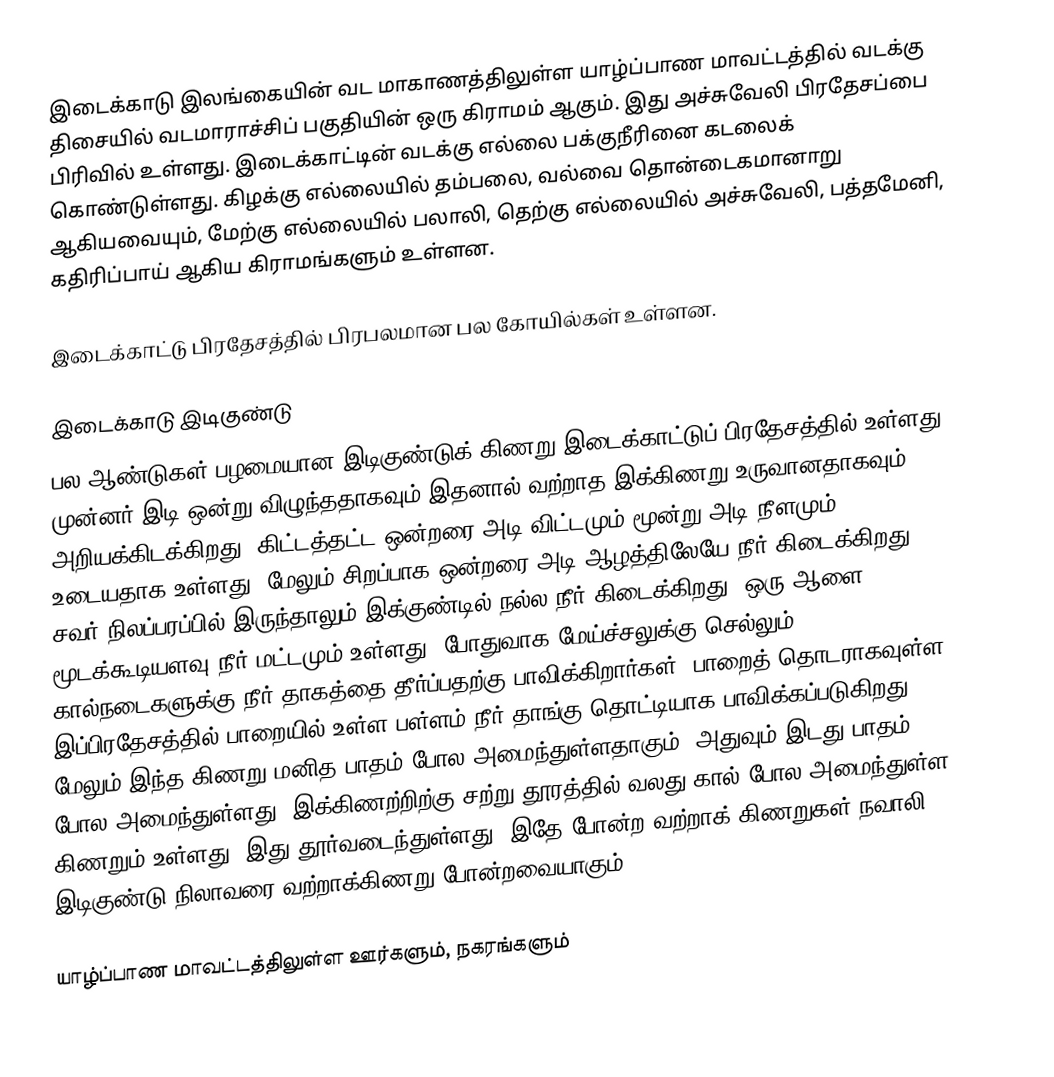
இடைக்காடு இலங்கையின் வட மாகாணத்திலுள்ள யாழ்ப்பாண மாவட்டத்தில் வடக்கு திசையில் வடமாராச்சிப் பகுதியின் ஒரு கிராமம் ஆகும். இது அச்சுவேலி பிரதேசப்பை பிரிவில் உள்ளது. இடைக்காட்டின் வடக்கு எல்லை பக்குநீரினை கடலைக் கொண்டுள்ளது. கிழக்கு எல்லையில் தம்பலை, வல்வை தொன்டைகமானாறு ஆகியவையும், மேற்கு எல்லையில் பலாலி, தெற்கு எல்லையில் அச்சுவேலி, பத்தமேனி, கதிரிப்பாய் ஆகிய கிராமங்களும் உள்ளன.

இடைக்காட்டு பிரதேசத்தில் பிரபலமான பல கோயில்கள் உள்ளன.

இடைக்காடு இடிகுண்டு
பல ஆண்டுகள் பழமையான இடிகுண்டுக் கிணறு இடைக்காட்டுப் பிரதேசத்தில் உள்ளது. முன்னர் இடி ஒன்று விழுந்ததாகவும் இதனால் வற்றாத இக்கிணறு உருவானதாகவும் அறியக்கிடக்கிறது. கிட்டத்தட்ட ஒன்றரை அடி விட்டமும் மூன்று அடி நீளமும் உடையதாக உள்ளது. மேலும் சிறப்பாக ஒன்றரை அடி ஆழத்திலேயே நீர் கிடைக்கிறது. சவர் நிலப்பரப்பில் இருந்தாலும் இக்குண்டில் நல்ல நீர் கிடைக்கிறது. ஒரு ஆளை மூடக்கூடியளவு நீர் மட்டமும் உள்ளது. போதுவாக மேய்ச்சலுக்கு செல்லும் கால்நடைகளுக்கு நீர் தாகத்தை தீர்ப்பதற்கு பாவிக்கிறார்கள். பாறைத் தொடராகவுள்ள இப்பிரதேசத்தில் பாறையில் உள்ள பள்ளம் நீர் தாங்கு தொட்டியாக பாவிக்கப்படுகிறது. மேலும் இந்த கிணறு மனித பாதம் போல அமைந்துள்ளதாகும். அதுவும் இடது பாதம் போல அமைந்துள்ளது. இக்கிணற்றிற்கு சற்று தூரத்தில் வலது கால் போல அமைந்துள்ள கிணறும் உள்ளது. இது தூர்வடைந்துள்ளது. இதே போன்ற வற்றாக் கிணறுகள் நவாலி இடிகுண்டு நிலாவரை வற்றாக்கிணறு போன்றவையாகும்.

யாழ்ப்பாண மாவட்டத்திலுள்ள ஊர்களும், நகரங்களும்